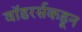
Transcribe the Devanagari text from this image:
वॉडरर्सकडून